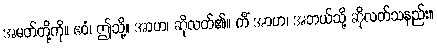
အမတ်တို့ကို။ ဧဝံ၊ ဤသို့။ အာဟ၊ ဆိုလတ်၏။ ကိံ အာဟ၊ အဘယ်သို့ ဆိုလတ်သနည်း။